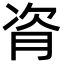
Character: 𬁼